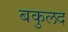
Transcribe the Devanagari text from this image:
बकुलद